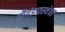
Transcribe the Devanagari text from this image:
पौगंडावस्थेवर